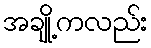
အချို့ကလည်း